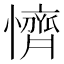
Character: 懠